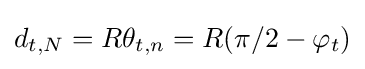
d_{t,N}=R\theta _{t,n}=R(\pi /2-\varphi _{t})